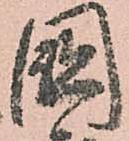
國